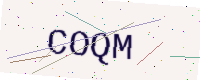
Text: COQM